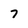
Character: 7